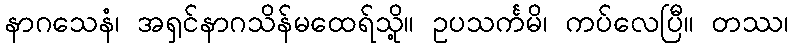
နာဂသေနံ၊ အရှင်နာဂသိန်မထေရ်သို့။ ဥပသင်္ကမိ၊ ကပ်လေပြီ။ တဿ၊